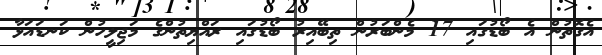
އެގޮތުން އެ ބޯޑުގައި 17 މެންބަރުން ތިބޭއިރު ބޯޑުގައި ރައްޔިތުންގެ މަޖިލީހުން ކަނޑައަޅާ